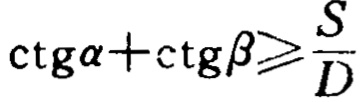
\(\operatorname{ctg}\alpha+\operatorname{ctg}\beta\geqslant \frac{S}{D}\)